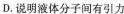
D.说明液体分子间有引力